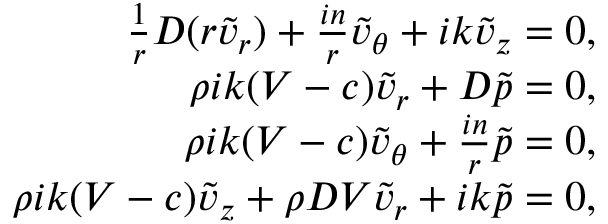
\begin{array} { r } { \frac { 1 } { r } D ( r \tilde { v } _ { r } ) + \frac { i n } { r } \tilde { v } _ { \theta } + i k \tilde { v } _ { z } = 0 , } \\ { \rho i k ( V - c ) \tilde { v } _ { r } + D \tilde { p } = 0 , } \\ { \rho i k ( V - c ) \tilde { v } _ { \theta } + \frac { i n } { r } \tilde { p } = 0 , } \\ { \rho i k ( V - c ) \tilde { v } _ { z } + \rho D V \tilde { v } _ { r } + i k \tilde { p } = 0 , } \end{array}